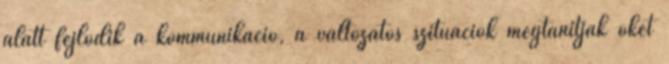
alatt fejlődik a kommunikáció, a változatos szituációk megtanítják őket